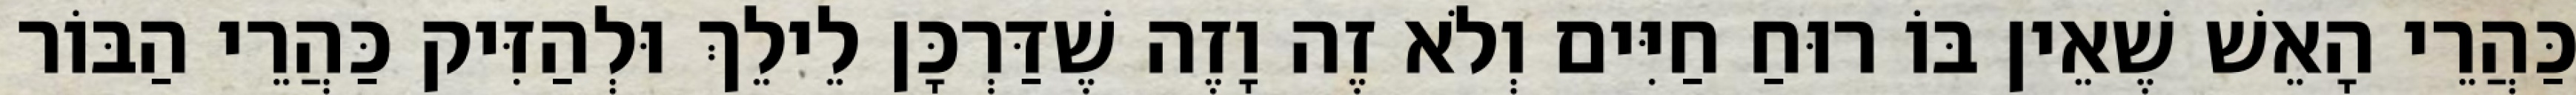
כַּהֲרֵי הָאֵשׁ שֶׁאֵין בּוֹ רוּחַ חַיִּים וְלֹא זֶה וָזֶה שֶׁדַּרְכָּן לֵילֵךְ וּלְהַזִּיק כַּהֲרֵי הַבּוֹר